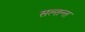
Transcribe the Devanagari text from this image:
सल्तन्त